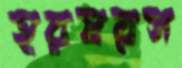
হরষরস